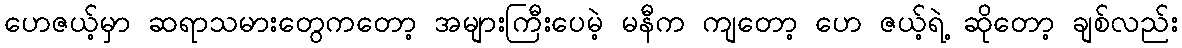
ဟေဇယ့်မှာ ဆရာသမားတွေကတော့ အများကြီးပေမဲ့ မနီက ကျတော့ ဟေ ဇယ့်ရဲ့ ဆိုတော့ ချစ်လည်း